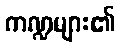
ကဏ္ဍများ၏